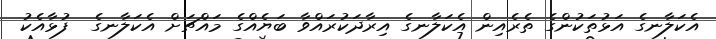
އެކަލާނގެ އަޅުތަކުންގެ ތެރެއިން އެކަލާނގެ އިރާދަކުރައްވާ ބަޔެއްގެ މައްޗަށް އެކަލާނގެ  ފުޅާއެކު